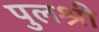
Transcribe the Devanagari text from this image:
पुलश्री